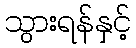
သွားရန်နှင့်